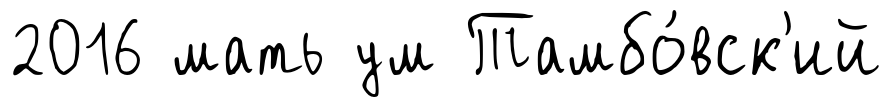
2016 мать ум Тамбо́вск'ий